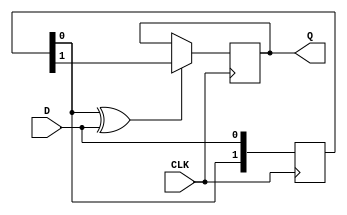
module ASYNC_TO_SYNC_CONVERTER (
    input wire D,        // Async Data Input
    input wire CLK,      // Synchronous Clock Signal
    output reg Q        // Sync Data Output
);

    // Intermediate signals for synchronizing
    reg [1:0] sync_ff;   // Two flip-flops for synchronization

    // Edge detection - capturing the state of the input
    // We can implement this as a simple comparator
    wire edge_detected;
    assign edge_detected = (sync_ff[0] ^ D); // Detect change in async D

    // Synchronous logic - using two flip-flops for metastability handling
    always @(posedge CLK) begin
        sync_ff[1] <= sync_ff[0]; // Delay the first flip-flop state
        sync_ff[0] <= D;          // Sample D into the first delay flip-flop
    end

    // The synchronized output
    always @(posedge CLK) begin
        if (edge_detected) begin
            Q <= sync_ff[1]; // Update output Q if edge detected
        end
    end

endmodule